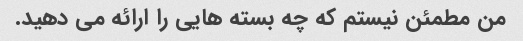
من مطمئن نیستم که چه بسته هایی را ارائه می دهید.